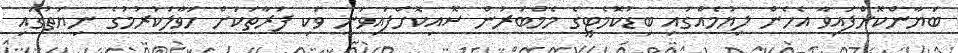
ބަޔާންކޮށްފައިވާ އެހެން ލިޔުމެއްގައި ބިޑުކޮމެޓީގެ މެމްބަރުން ސޮއިކޮށްފައިވަނީ ވަކި ފަރާތަކަށް ހަވާލަކުރުމުގެ ނިޔަތުގައި